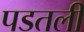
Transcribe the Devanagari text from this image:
पडतली